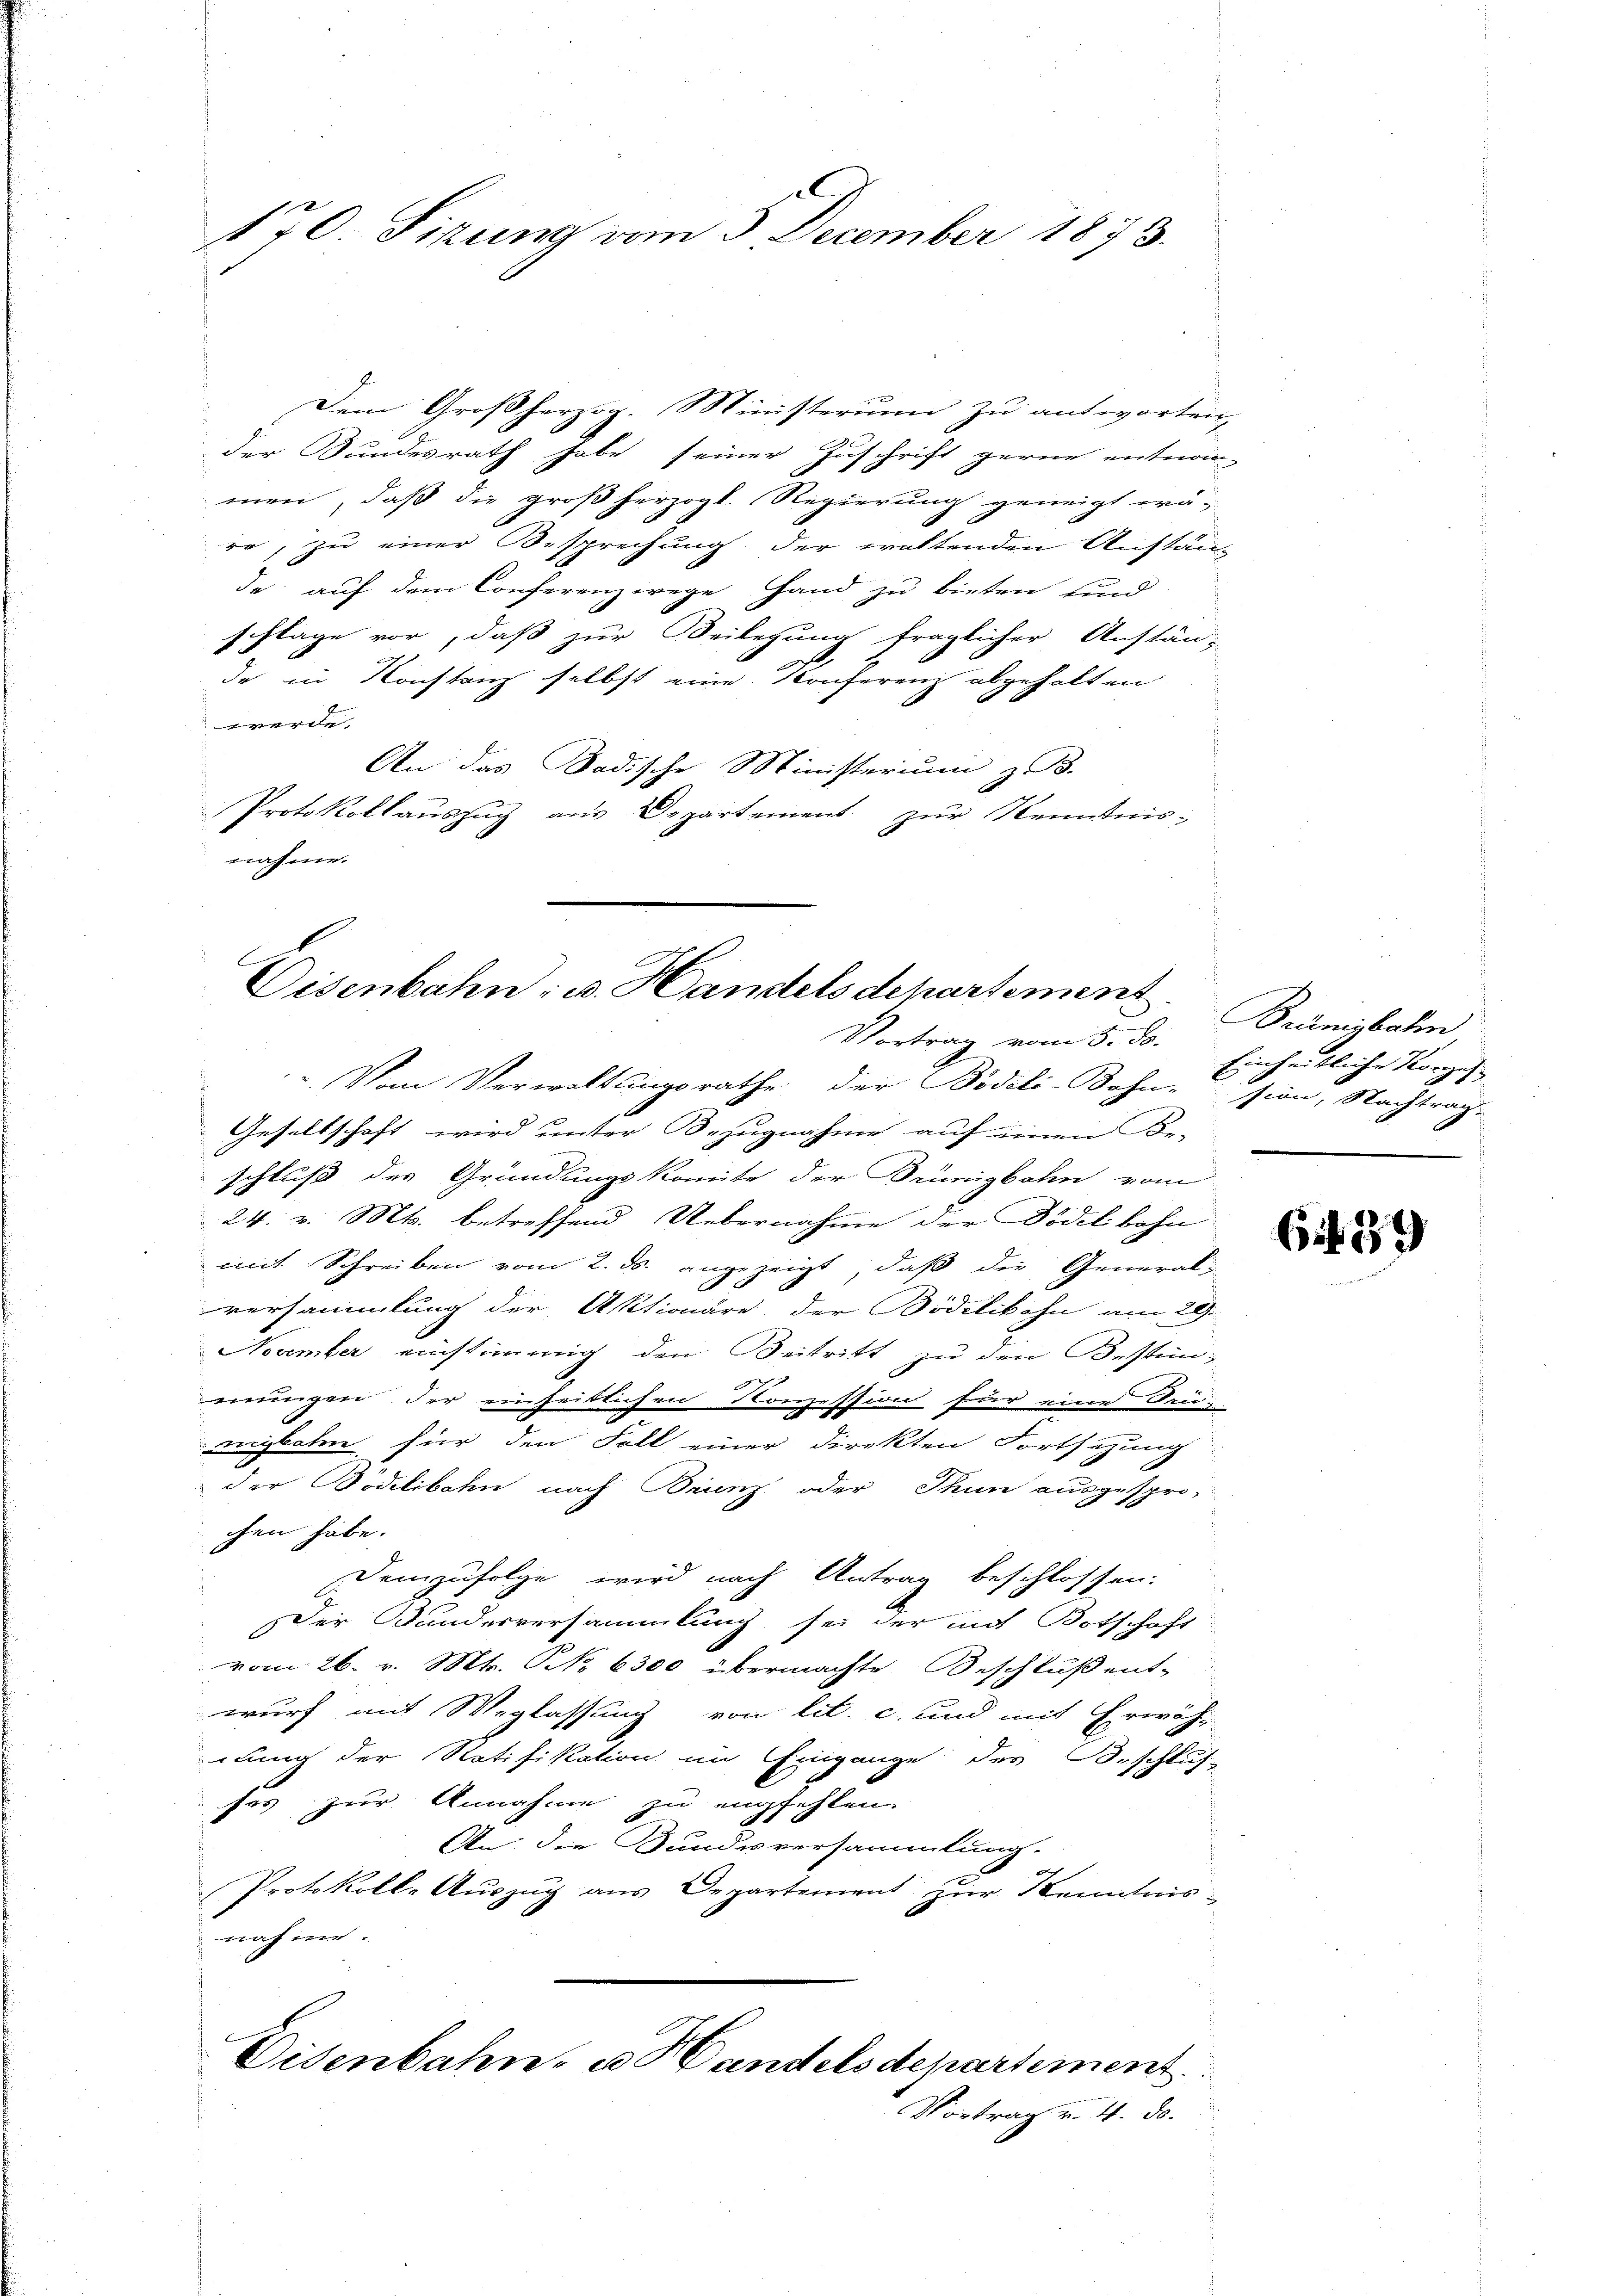
x
170. Sizung vom 3. December 1873.

Dem Großherzog. Ministerium zu antworten,
der Sundesrath habe seiner Zuschrift gerne entwen-
men, daß die großherzogl. Regierung geneigt wä-
re, zu einer Besprechung der waltenden Anstän-
de auf dem Conferenz wege Hand zu bieten und
schläge vor, daß zur Beilegung fraglicher Anstän-
de in Konstanz selbst eine Konferenz abgehalten
werde.
An das Badische Ministerium z. B.
Protokollauszug aus Departement zŭr Kenntnis-
nahme.

C
Eisenbahn: u. Handels departement.
Vortrag vom 5. ds. Einheitliche Konzes

Vom Verwaltungsrathe der Bödili-Bahn-sion, Nachtrag-
Gesellschaft wird unter Bezugnahme auf einen Be-
schluß des Gründungskomite der Brünigbahn vom
24. v. Mts. betreffend Uebernahme der Dödelbahn
mit Schreiben vom 2. ds. angezeigt, daß die General-
versammlung der Aktionäre der Bödelikon am 29.
November einstimmig den Beitritt zu den Besten-
mungen der einheitlichen Konzession für eine Drumigbahn, für den Fall einer direkten Fortsezung
der Bödelibahn nach Drunz oder Thun ausgesprochen habe.
Demzufolge wird nach Antrag beschlossen:
Der Bundesversammlung sei der mit Botschaft
vom 26. v. Mts. No 6300 übermachte Beschluß ent-
wurf mit Weglassung von lit. c. und mit Erwäh-
lung der Ratifikation im Eingange des Beschluß
fes zur Annahme zu empfehlen.
An die Bundesversammlung.
Protokoll- Aŭszŭg aŭs Departement zŭr Kenntnis-
nahme.
Eisenbahn- u. Handelsdepartement
Vortrag v. 4. ds.

Brünigbahn

61459